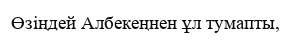
Өзіңдей Албекеңнен ұл тумапты,